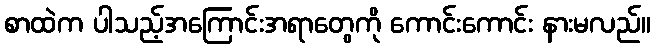
စာထဲက ပါသည့်အကြောင်းအရာတွေကို ကောင်းကောင်း နားမလည်။